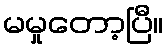
မမှုတော့ပြီ။